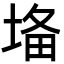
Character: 𡍉